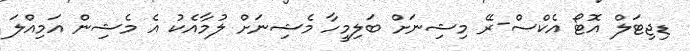
ޑިޖިޓަލް އޮޓޯ އެކްސް-ރޭ މިޝިނަށް ބަލިމީހާ މެޝިނަށް ލުމާއެކު އެ މެޝިން އަމިއްލަ